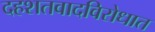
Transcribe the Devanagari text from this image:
दहशतवादविरोधात